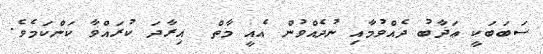
ސަބަބަކީ ޢަޛާބު ދެއްވުމާއި ނުދެއްވުން އެއީ މާތް  އިރާދަ ކުރައްވާ ކަންކަމެވެ.